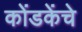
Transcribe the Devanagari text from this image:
कोंडकेंचे